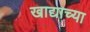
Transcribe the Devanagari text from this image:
खाद्याच्या